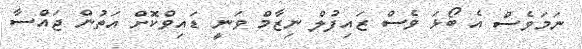
ނަމަވެސް އެ ބޯޅަ ވެސް ޒައިފުލް ނިޒާމް ވަނީ ޑައިވްކޮށް އަތުން ޖައްސާ